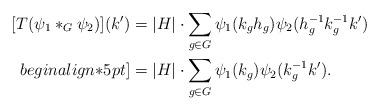
LaTeX: \begin{align*}[T(\psi_1 *_G \psi_2)](k') &= |H| \cdot \sum_{g\in G} \psi_1(k_g h_g) \psi_2(h_g^{-1} k_g^{-1} k') \\begin{align*}5 pt]&= |H| \cdot \sum_{g\in G} \psi_1(k_g) \psi_2(k_g^{-1} k').\end{align*}